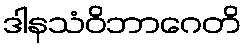
ဒါနသံဝိဘာဂေတိ